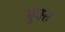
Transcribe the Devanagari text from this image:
भुक्‍त